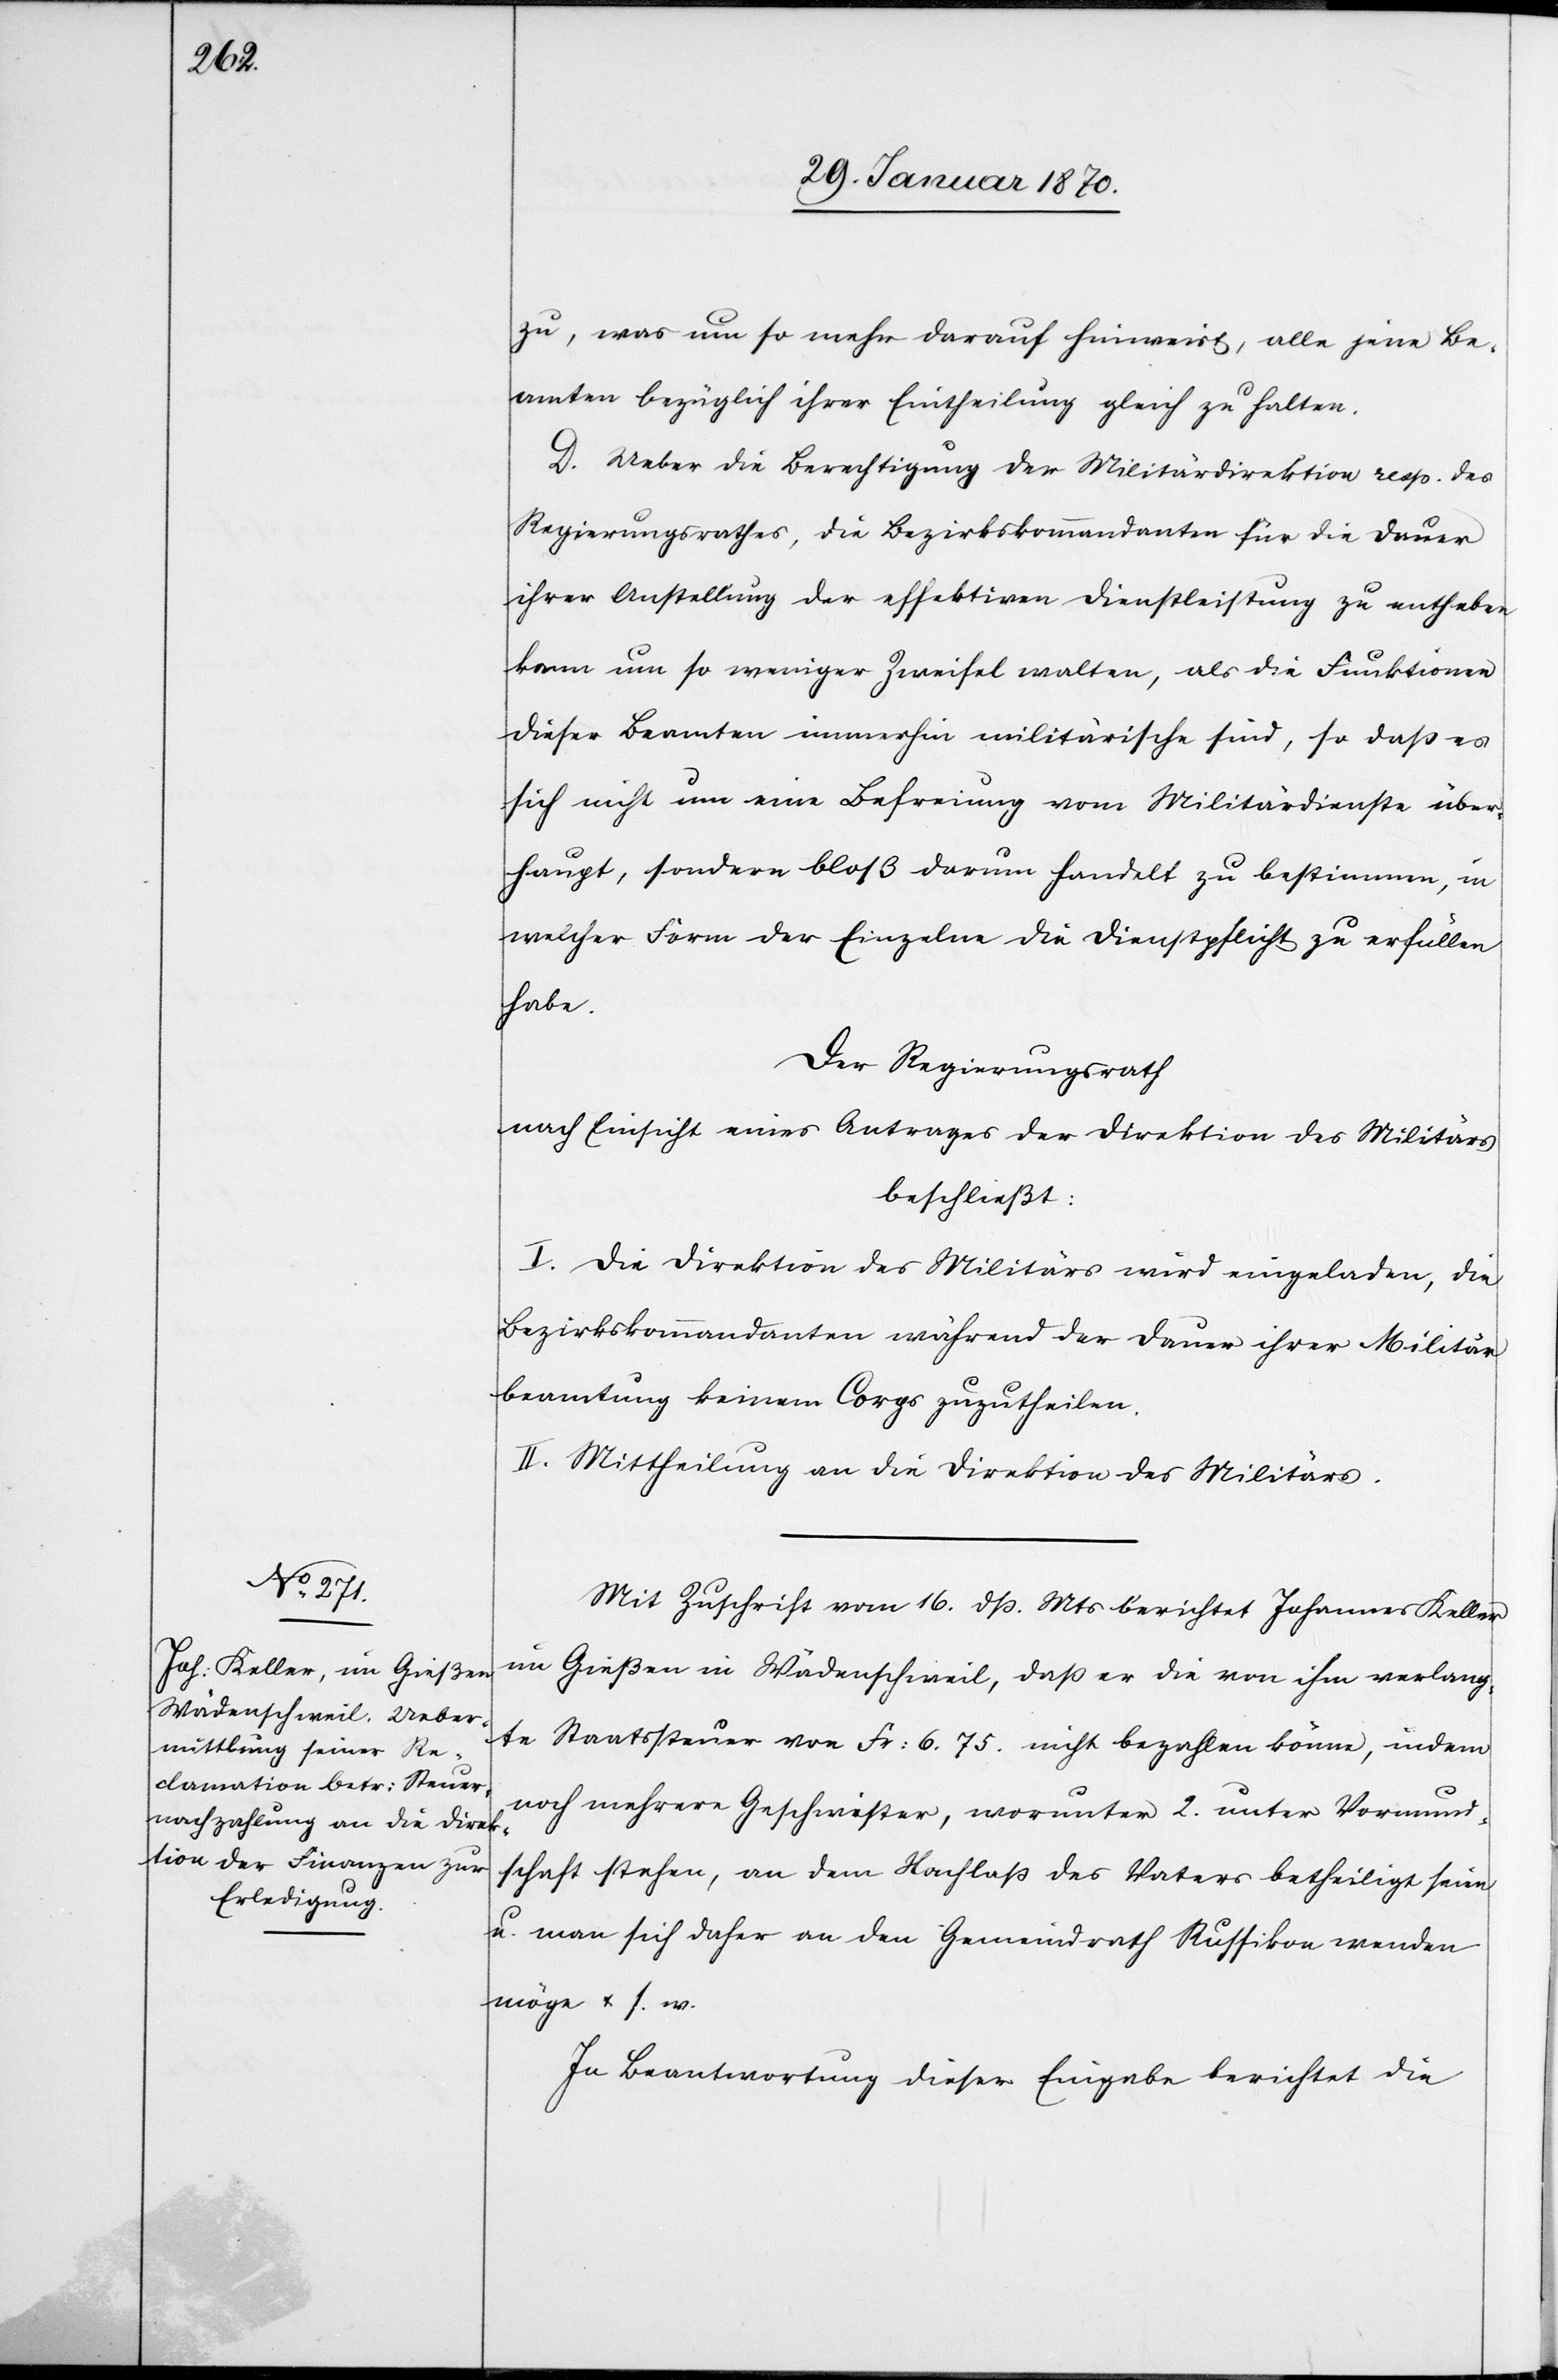
zu, was um so mehr darauf hinweist, alle jene Be¬
amten bezüglich ihrer Eintheilung gleich zu halten.
D. Ueber die Berechtigung der Militärdirektion resp. des
Regierungsrathes, die Bezirkskommandanten für die Dauer
ihrer Anstellung der effektiven Dienstleistung zu entheben
kann um so weniger Zweifel walten, als die Funktionen
dieser Beamten immerhin militärische sind, so daß es
sich nicht um eine Befreiung vom Militärdienste über¬
haupt, sondern bloß darum handelt zu bestimmen, in
welcher Form der Einzelne die Dienstpflicht zu erfüllen
habe.
Der Regierungsrath
nach Einsicht eines Antrages der Direktion des Militärs
beschließt:
I. Die Direktion des Militärs wird eingeladen, die
Bezirkskommandanten während der Dauer ihrer Militär¬
beamtung keinem Corps zuzutheilen.
II. Mittheilung an die Direktion des Militärs.
Mit Zuschrift vom 16. dss. Mts berichtet Johannes Keller
im Gießen in Wädenschweil, daß er die von ihm verlang¬
te Staatssteuer von Fr: 6.75. nicht bezahlen könne, indem
noch mehrere Geschwister, worunter 2. unter Vormund¬
schaft stehen, an dem Nachlass des Vaters betheiligt seien
u. man sich daher an den Gemeindrath Russikon wenden
möge u. s. w.
In Beantwortung dieser Eingabe berichtet die